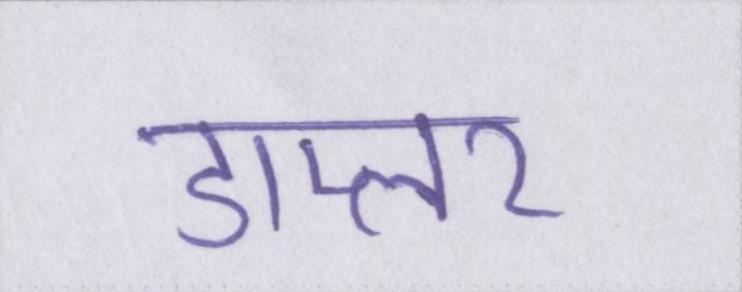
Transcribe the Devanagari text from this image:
डाप्लर